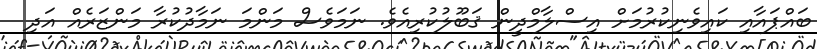
ބައްޕައާއި ކައިވެނިކުރުމަށް އިސްލާމްދީން ޤަބޫލުކުރިއެވެ. ނަމަވެސް މަންމަ ނަމާދުކުރާ މަންޒަރެއް އަދި